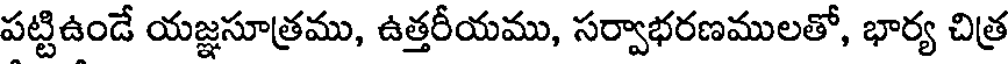
పట్టిఉండే యజ్ఞసూత్రము, ఉత్తరీయము, సర్వాభరణములతో, భార్య చిత్ర